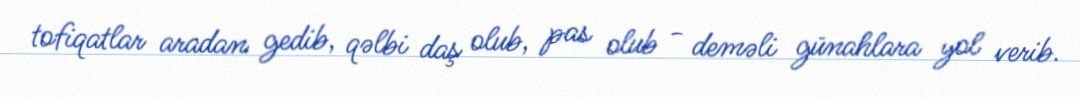
tofiqatlar aradan gedib, qəlbi daş olub, pas olub - deməli günahlara yol verib.